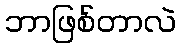
ဘာဖြစ်တာလဲ